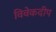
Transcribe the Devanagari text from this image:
विवेकदीप